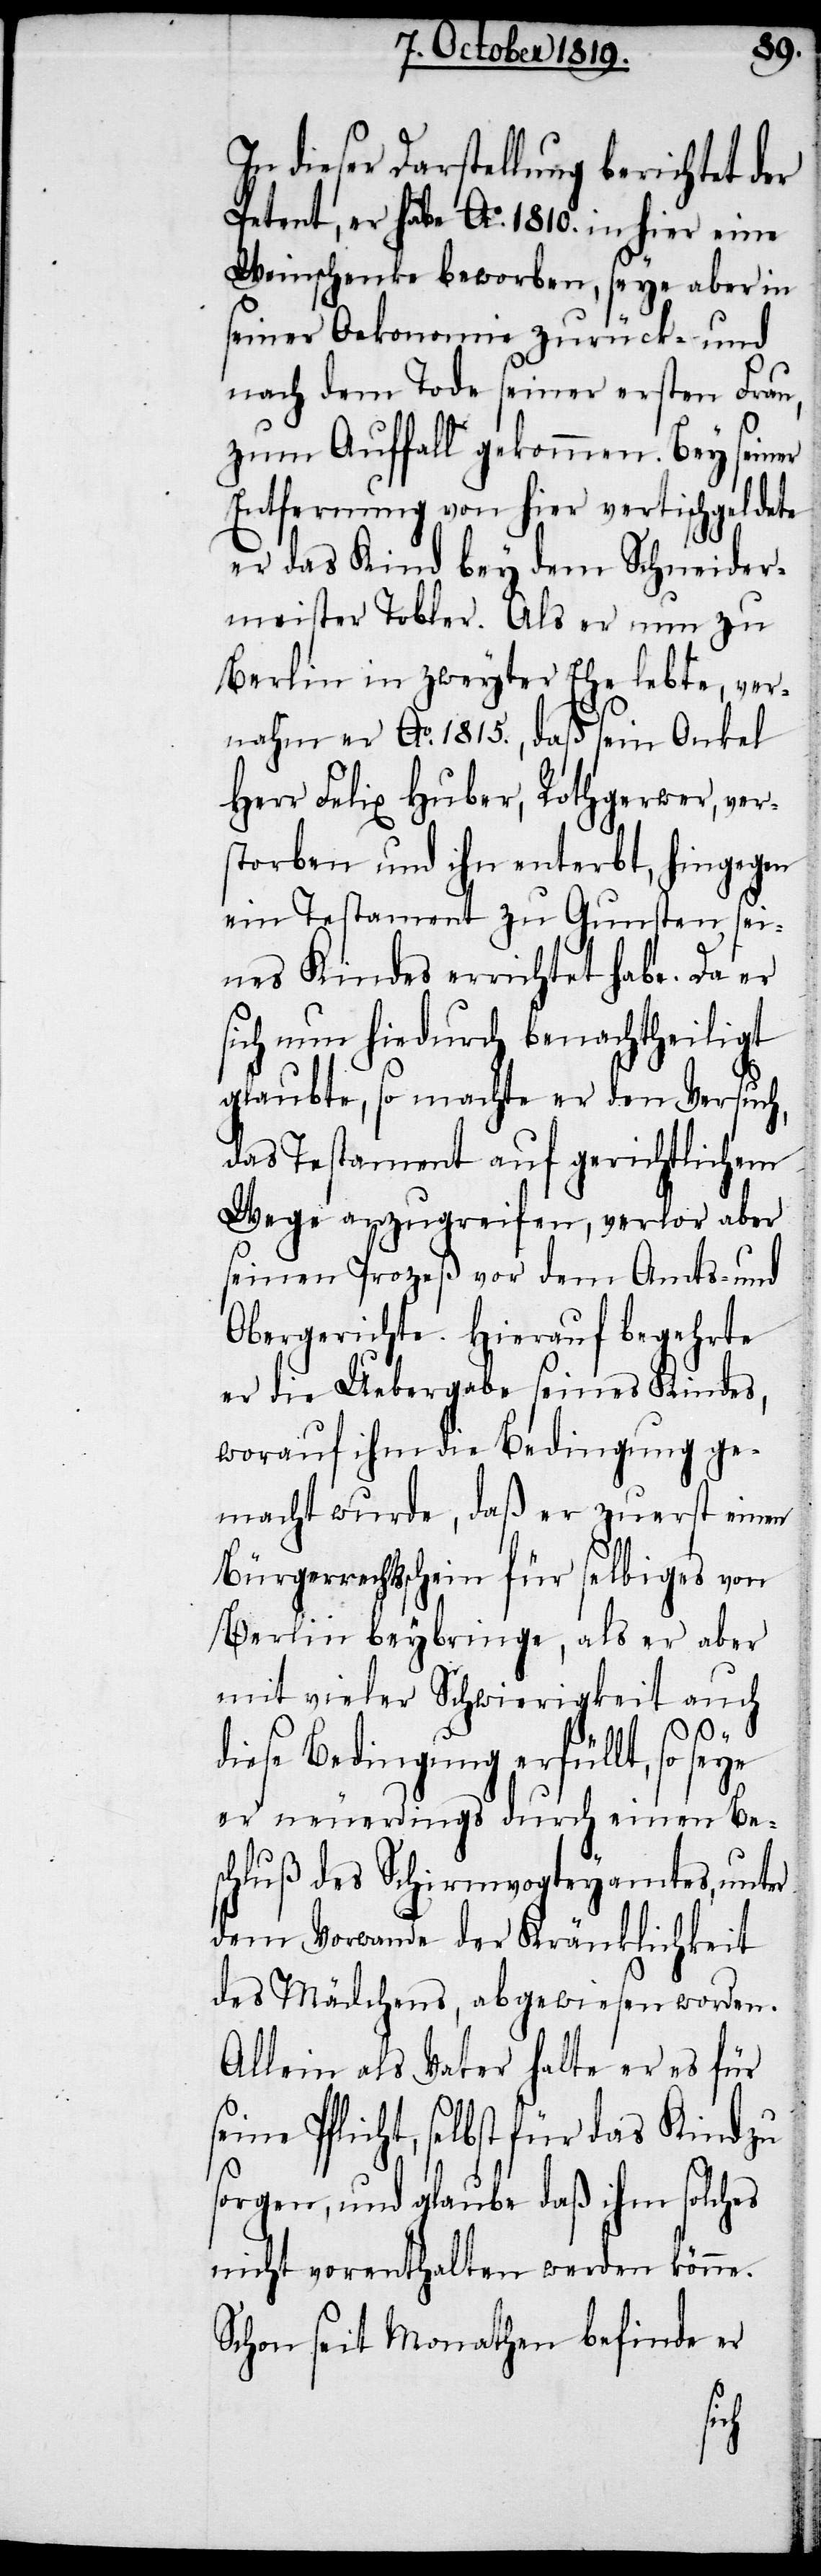
In dieser Darstellung berichtet der
Petent, er habe Ao. 1810. in hier eine
Weinschenke beworben, seye aber in
seiner Oekonomie zurück- und
nach dem Tode seiner ersten Frau,
zum Auffall gekommen. Bey seiner
Entfernung von hier vertischgeldete
er das Kind bey dem Schneider¬
meister Tobler. Als er nun zu
Berlin in zweyter Ehe lebte, ver¬
nahm er Ao. 1815., daß sein Onkel
Herr Felix Huber, Rothgerwer, ver¬
storben und ihn enterbt, hingegen
ein Testament zu Gunsten sei¬
nes Kindes errichtet habe. Da er
sich nun hiedurch benachtheiligt
glaubte, so machte er den Versuch,
das Testament auf gerichtlichem
Wege anzugreifen, verlor aber
seinen Prozeß vor dem Amts- und
Obergerichte. Hierauf begehrte
er die Uebergabe seines Kindes,
worauf ihm die Bedingung ge¬
macht wurde, daß er zuerst einen
Bürgerrechtsschein für selbiges von
Berlin beybringe, als er aber
mit vieler Schwierigkeit auch
diese Bedingung erfüllt, so seye
er neuerdings durch einen Be¬
schluß des Schirmvogteyamtes, unter
dem Vorwande der Kränklichkeit
des Mädchens, abgewiesen worden.
Allein als Vater halte er es für
eine Pflicht, selbst für das Kind zu
sorgen, und glaube daß ihm solches
nicht vorenthalten werden könne.
Schon seit Monathen befinde er
s¬